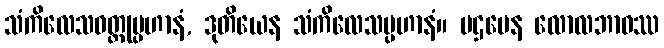
သံကိလေသဝတ္ထုပ္ပဟာနံ, ဒုတိယေန သံကိလေသပ္ပဟာနံ။ ပဌမေန လောလဘာဝဿ